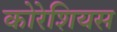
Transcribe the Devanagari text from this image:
कोरेशियस